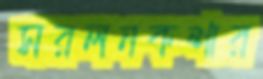
সরলনকশার